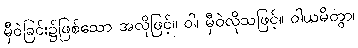
မှီဝဲခြင်း၌ဖြစ်သော အလိုဖြင့်။ ဝါ၊ မှီဝဲလိုသဖြင့်။ ဝါယမိတွာ၊